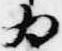
為